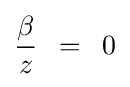
{\frac {\beta }{z}}\,\,\,=\,\,\,0